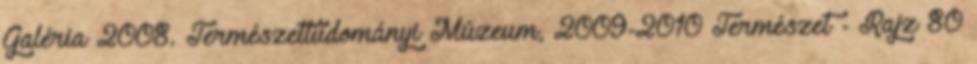
Galéria 2008. Természettudományi Múzeum, 2009-2010 Természet - Rajz 80